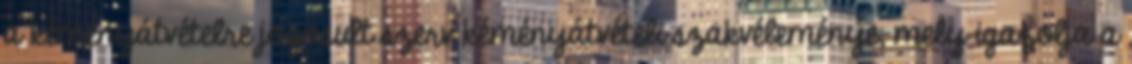
a kéményátvételre jogosult szerv kéményátvételi szakvéleménye, mely igazolja a